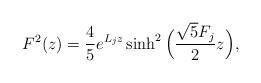
LaTeX: \begin{align*}F^2(z) = \frac{4}{5} e^{L_j z}\sinh^2 \Big ( \frac{\sqrt{5}F_j}{2} z\Big), \end{align*}